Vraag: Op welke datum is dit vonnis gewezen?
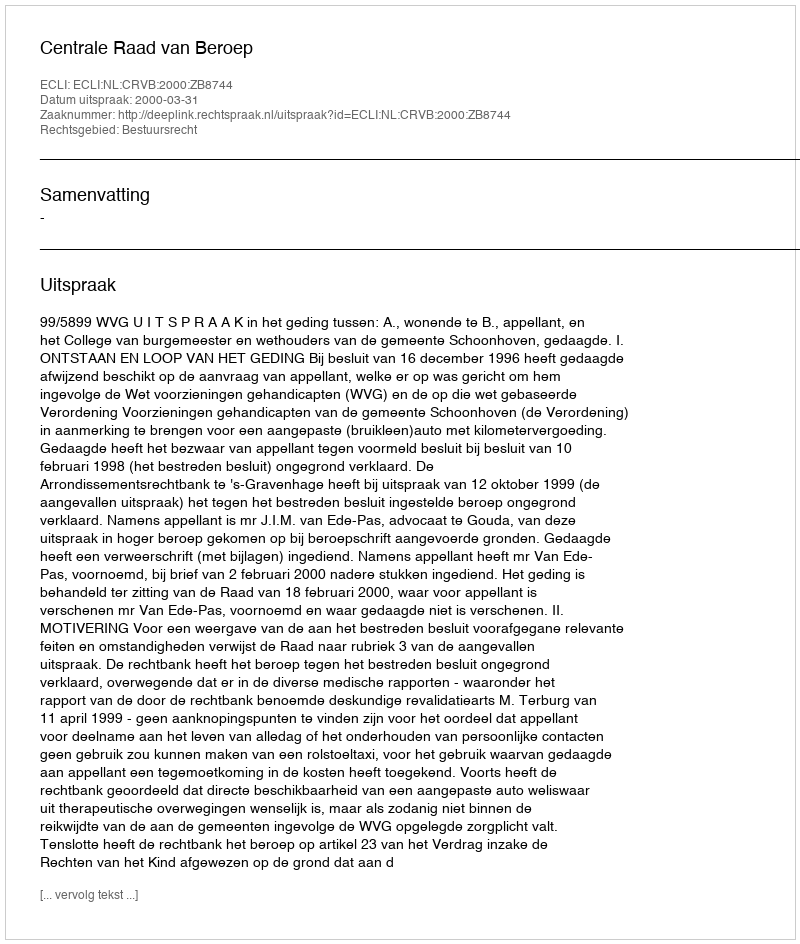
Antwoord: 2000-03-31